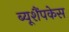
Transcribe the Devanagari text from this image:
ब्यूशैंपकेस